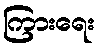
ကြားရေး